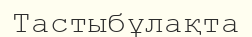
Тастыбұлақта